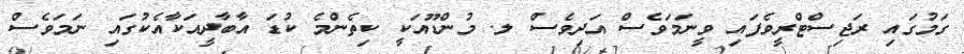
ގަމުގައި ރަޖިސްޓްރީވެފައި ވީނަމަވެސް އަދިވެސް ލ. މުންޑޫއަކީ ކިތެންމެ ކުޑަ އާބާދީއަކާއެކުގައި ނަމަވެސް